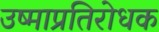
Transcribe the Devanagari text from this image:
उष्माप्रतिरोधक